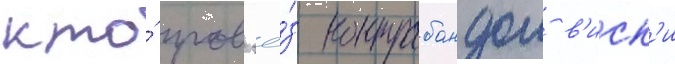
кто́ пров'ё́з контрабандои в'иск'и